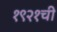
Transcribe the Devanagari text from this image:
१९२१ची